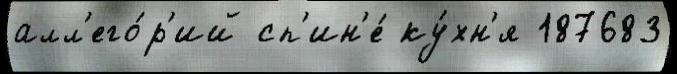
алл'его́р'ий сп'ин'е́ ку́хн'я 187683